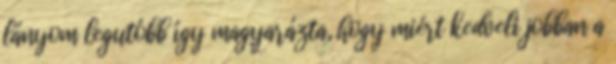
lányom legutóbb így magyarázta, hogy miért kedveli jobban a